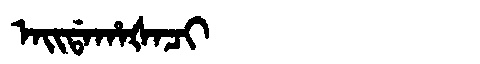
Manchu: ᠠᡳᡩᠠᡥᠠᡧᠠᠴᡳ
Romanization: AIDAHAŠACI